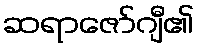
ဆရာဇော်ဂျီ၏